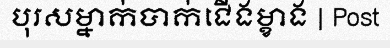
បុរសម្នាក់បាក់ជើងម្ខាង | Post